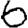
Digit: 6